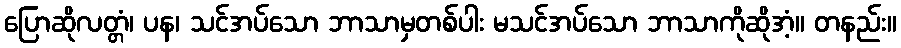
ပြောဆိုလတ္တံ၊ ပန၊ သင်အပ်သော ဘာသာမှတစ်ပါး မသင်အပ်သော ဘာသာကိုဆိုအံ့။ တနည်း။